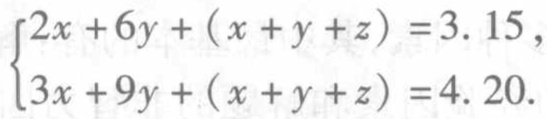
$\begin{cases}2x + 6y + (x + y + z) = 3.15,\\3x + 9y + (x + y + z) = 4.20.\end{cases}$